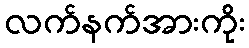
လက်နက်အားကိုး